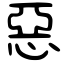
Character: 惡